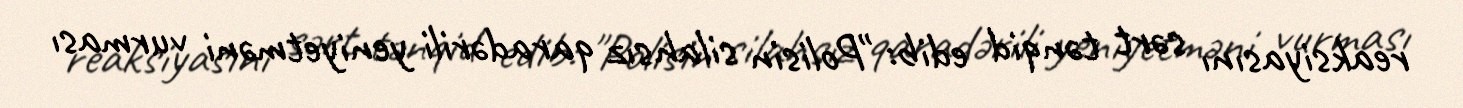
reaksiyasını sərt tənqid edib: "Polisin silahsız qaradərili yeniyetməni vurması